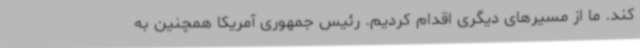
کند. ما از مسیرهای دیگری اقدام کردیم. رئیس جمهوری آمریکا همچنین به